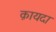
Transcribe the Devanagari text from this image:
क़ायदा